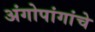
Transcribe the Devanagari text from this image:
अंगोपांगांचे